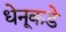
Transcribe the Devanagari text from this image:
धेनूकडे